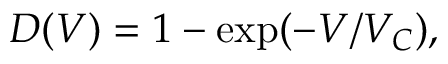
D ( V ) = 1 - \exp ( - V / V _ { C } ) ,